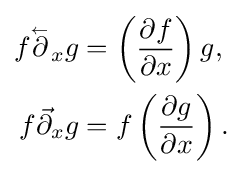
{\begin{aligned}f{\overset {_{\gets }}{\partial }}_{x}g&=\left({\frac {\partial f}{\partial x}}\right)g,\\f{\vec {\partial }}_{x}g&=f\left({\frac {\partial g}{\partial x}}\right).\end{aligned}}